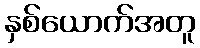
နှစ်ယောက်အတူ